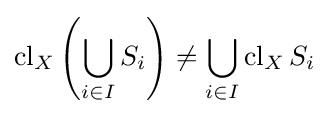
\operatorname {cl} _{X}\left(\bigcup _{i\in I}S_{i}\right)\neq \bigcup _{i\in I}\operatorname {cl} _{X}S_{i}